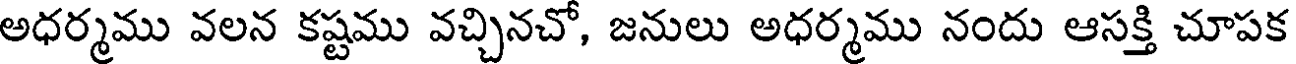
అధర్మము వలన కష్టము వచ్చినచో, జనులు అధర్మము నందు ఆసక్తి చూపక